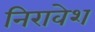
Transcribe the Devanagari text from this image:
निरावेश